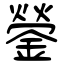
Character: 鎣